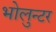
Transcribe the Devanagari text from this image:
भोलुन्टर